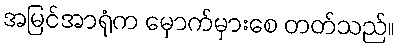
အမြင်အာရုံက မှောက်မှားစေ တတ်သည်။